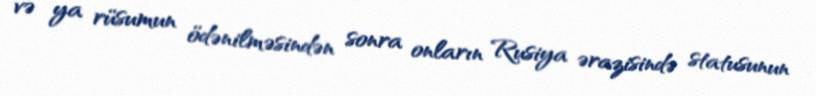
və ya rüsumun ödənilməsindən sonra onların Rusiya ərazisində statusunun